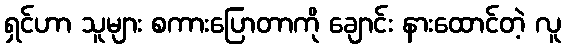
ရှင်ဟာ သူများ စကားပြောတာကို ချောင်း နားထောင်တဲ့ လူ